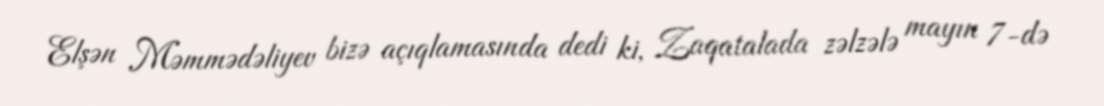
Elşən Məmmədəliyev bizə açıqlamasında dedi ki, Zaqatalada zəlzələ mayın 7-də